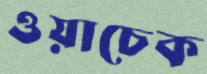
ওয়াচেক